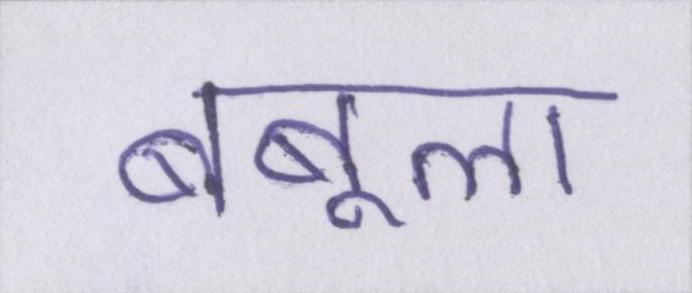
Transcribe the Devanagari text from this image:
बबूला